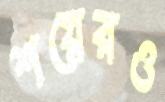
শয়েরও